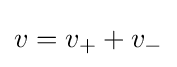
v=v_{+}+v_{-}